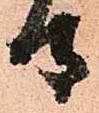
守